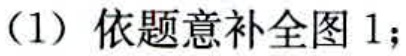
（1）依题意补全图 1；